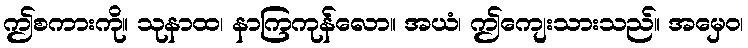
ဤစကားကို။ သုနာထ၊ နာကြကုန်လော။ အယံ၊ ဤကျေးသားသည်။ အမှေဝ၊